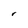
Character: r